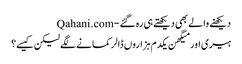
دیکھنے والے بھی دیکھتے ہی رہ گئے - Qahani.com
ہیری اور میگھن یکدم ہزاروں ڈالر کمانے لگے لیکن کیسے؟